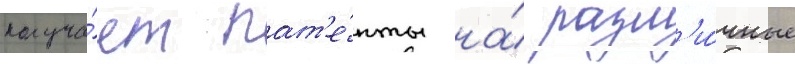
получа́ет пат'е́нты на́ разл'и́чные